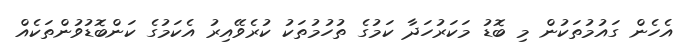
އެހެން ގައުމުތަކުން މި ބޮޑު މަކަރުހަދާ ކަމުގެ ތުހުމުތަކު ކުރެވޭއިރު އެކަމުގެ ކަންބޮޑުވުންތަކެއް